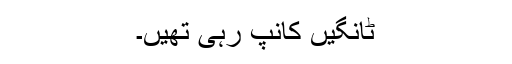
ٹانگیں کانپ رہی تھیں۔